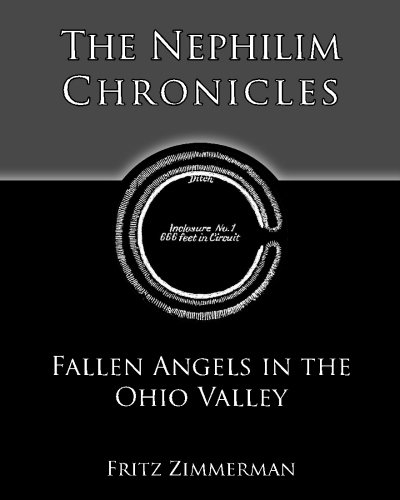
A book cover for The Nephilim Chronicles: Fallen Angels in the Ohio Valley; Fritz Zimmerman; History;